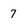
Character: 7